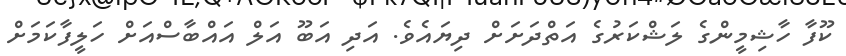
ކޫފާ ހާޝިމީންގެ ލަޝްކަރުގެ އަތްދަށަށް ދިޔައެވެ. އަދި އަބޫ އަލް އައްބާސްއަށް ހަލީފާކަމަށް